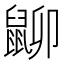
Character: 𪕋